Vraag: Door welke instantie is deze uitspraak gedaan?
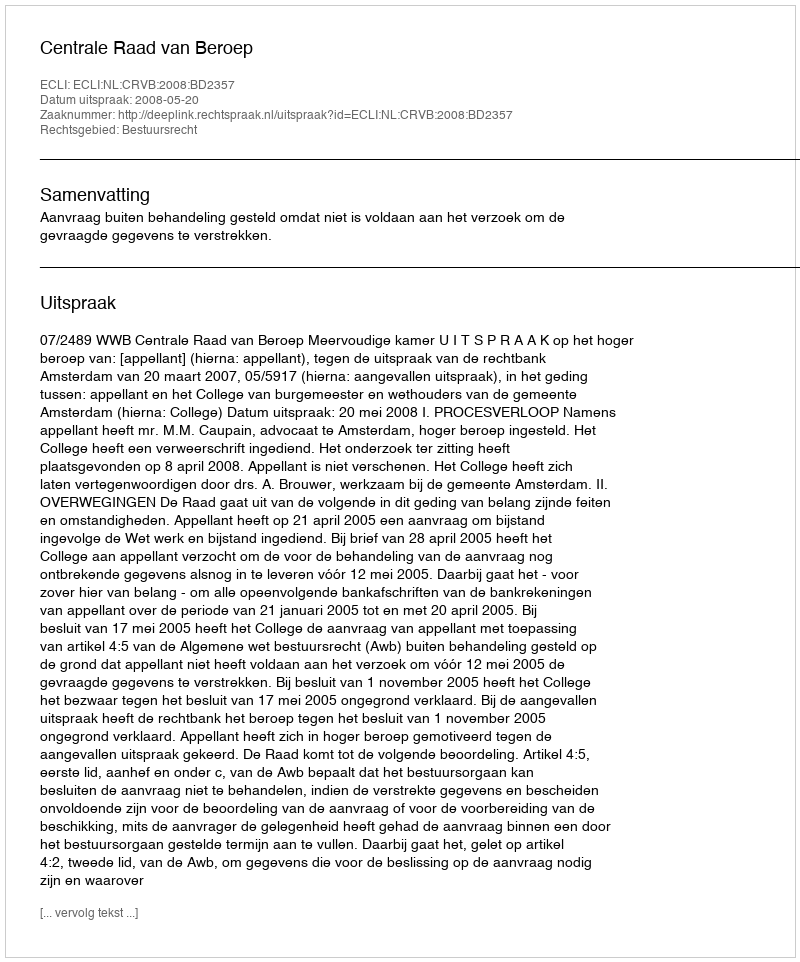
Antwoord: Centrale Raad van Beroep